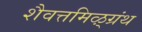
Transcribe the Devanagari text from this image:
शैवत्तमिऴ्‌ग्रंथ